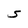
Character: S